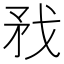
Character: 𢦧